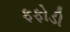
ફફોડી